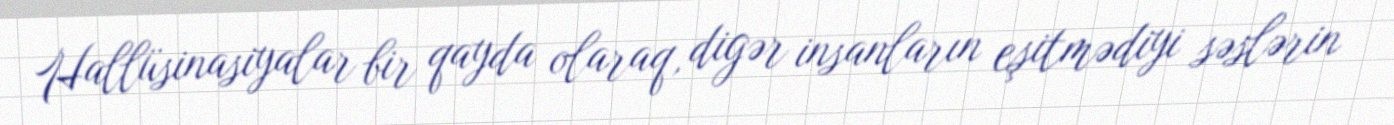
Hallüsinasiyalar bir qayda olaraq, digər insanların eşitmədiyi səslərin